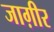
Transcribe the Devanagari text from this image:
जाग़ीर